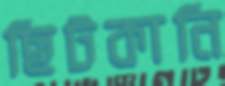
ছিটকানি